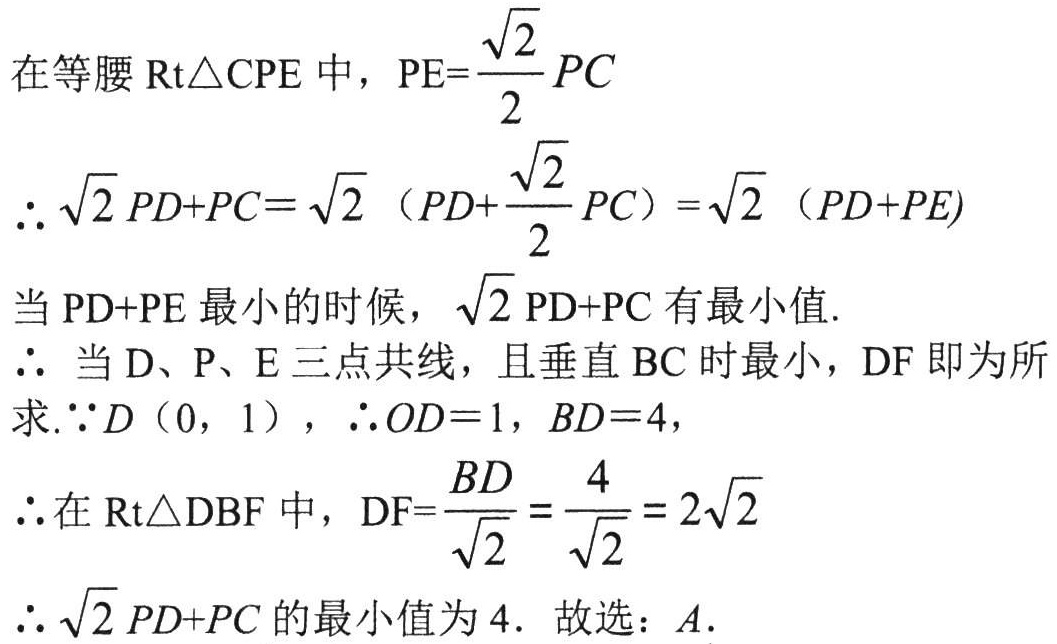
在等腰$\text{Rt}\triangle CPE$中，$PE = \frac{\sqrt{2}}{2}PC$

\[\begin{align*}
\therefore\sqrt{2}PD + PC&=\sqrt{2}\left(PD + \frac{\sqrt{2}}{2}PC\right)\\
&=\sqrt{2}(PD + PE)
\end{align*}\]

当$PD + PE$最小的时候，$\sqrt{2}PD + PC$有最小值.

$\therefore$ 当$D$、$P$、$E$三点共线，且垂直$BC$时最小，$DF$即为所求.$\because D(0,1)$，$\therefore OD = 1$，$BD = 4$，

$\therefore$在$\text{Rt}\triangle DBF$中，$DF=\frac{BD}{\sqrt{2}}=\frac{4}{\sqrt{2}} = 2\sqrt{2}$

$\therefore\sqrt{2}PD + PC$的最小值为$4$. 故选：$A$.